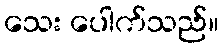
သေး ပေါက်သည်။